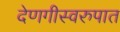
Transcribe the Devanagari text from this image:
देणगीस्वरुपात